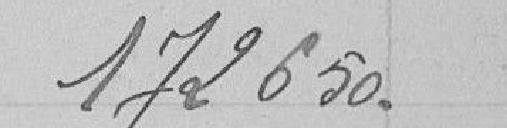
172.650